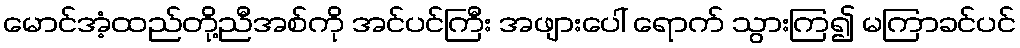
မောင်အံ့ထည်တို့ညီအစ်ကို အင်ပင်ကြီး အဖျားပေါ် ရောက် သွားကြ၍ မကြာခင်ပင်